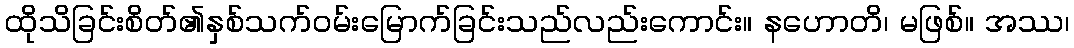
ထိုသိခြင်းစိတ်၏နှစ်သက်ဝမ်းမြောက်ခြင်းသည်လည်းကောင်း။ နဟောတိ၊ မဖြစ်။ အဿ၊